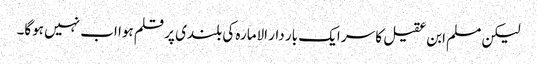
لیکن مسلم ابن عقیل کا سر ایک بار دار الامارہ کی بلندی پر قلم ہوا اب نہیں ہوگا۔